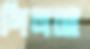
গিলছে